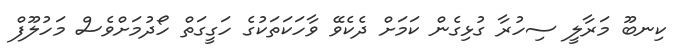
ކިނބޫ މަރާލީ ސިހުރާ ގުޅިގެން ކަމަށް ދެކެވޭ ވާހަކަތަކުގެ ހަގީގަތް ހޯދުމަށްވެސް މަހުލޫފް